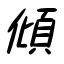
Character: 傾